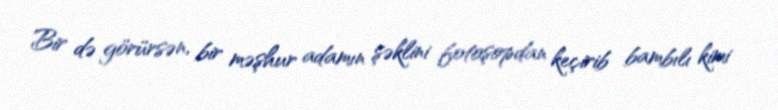
Bir də görürsən, bir məşhur adamın şəklini fotoşopdan keçirib bambılı kimi